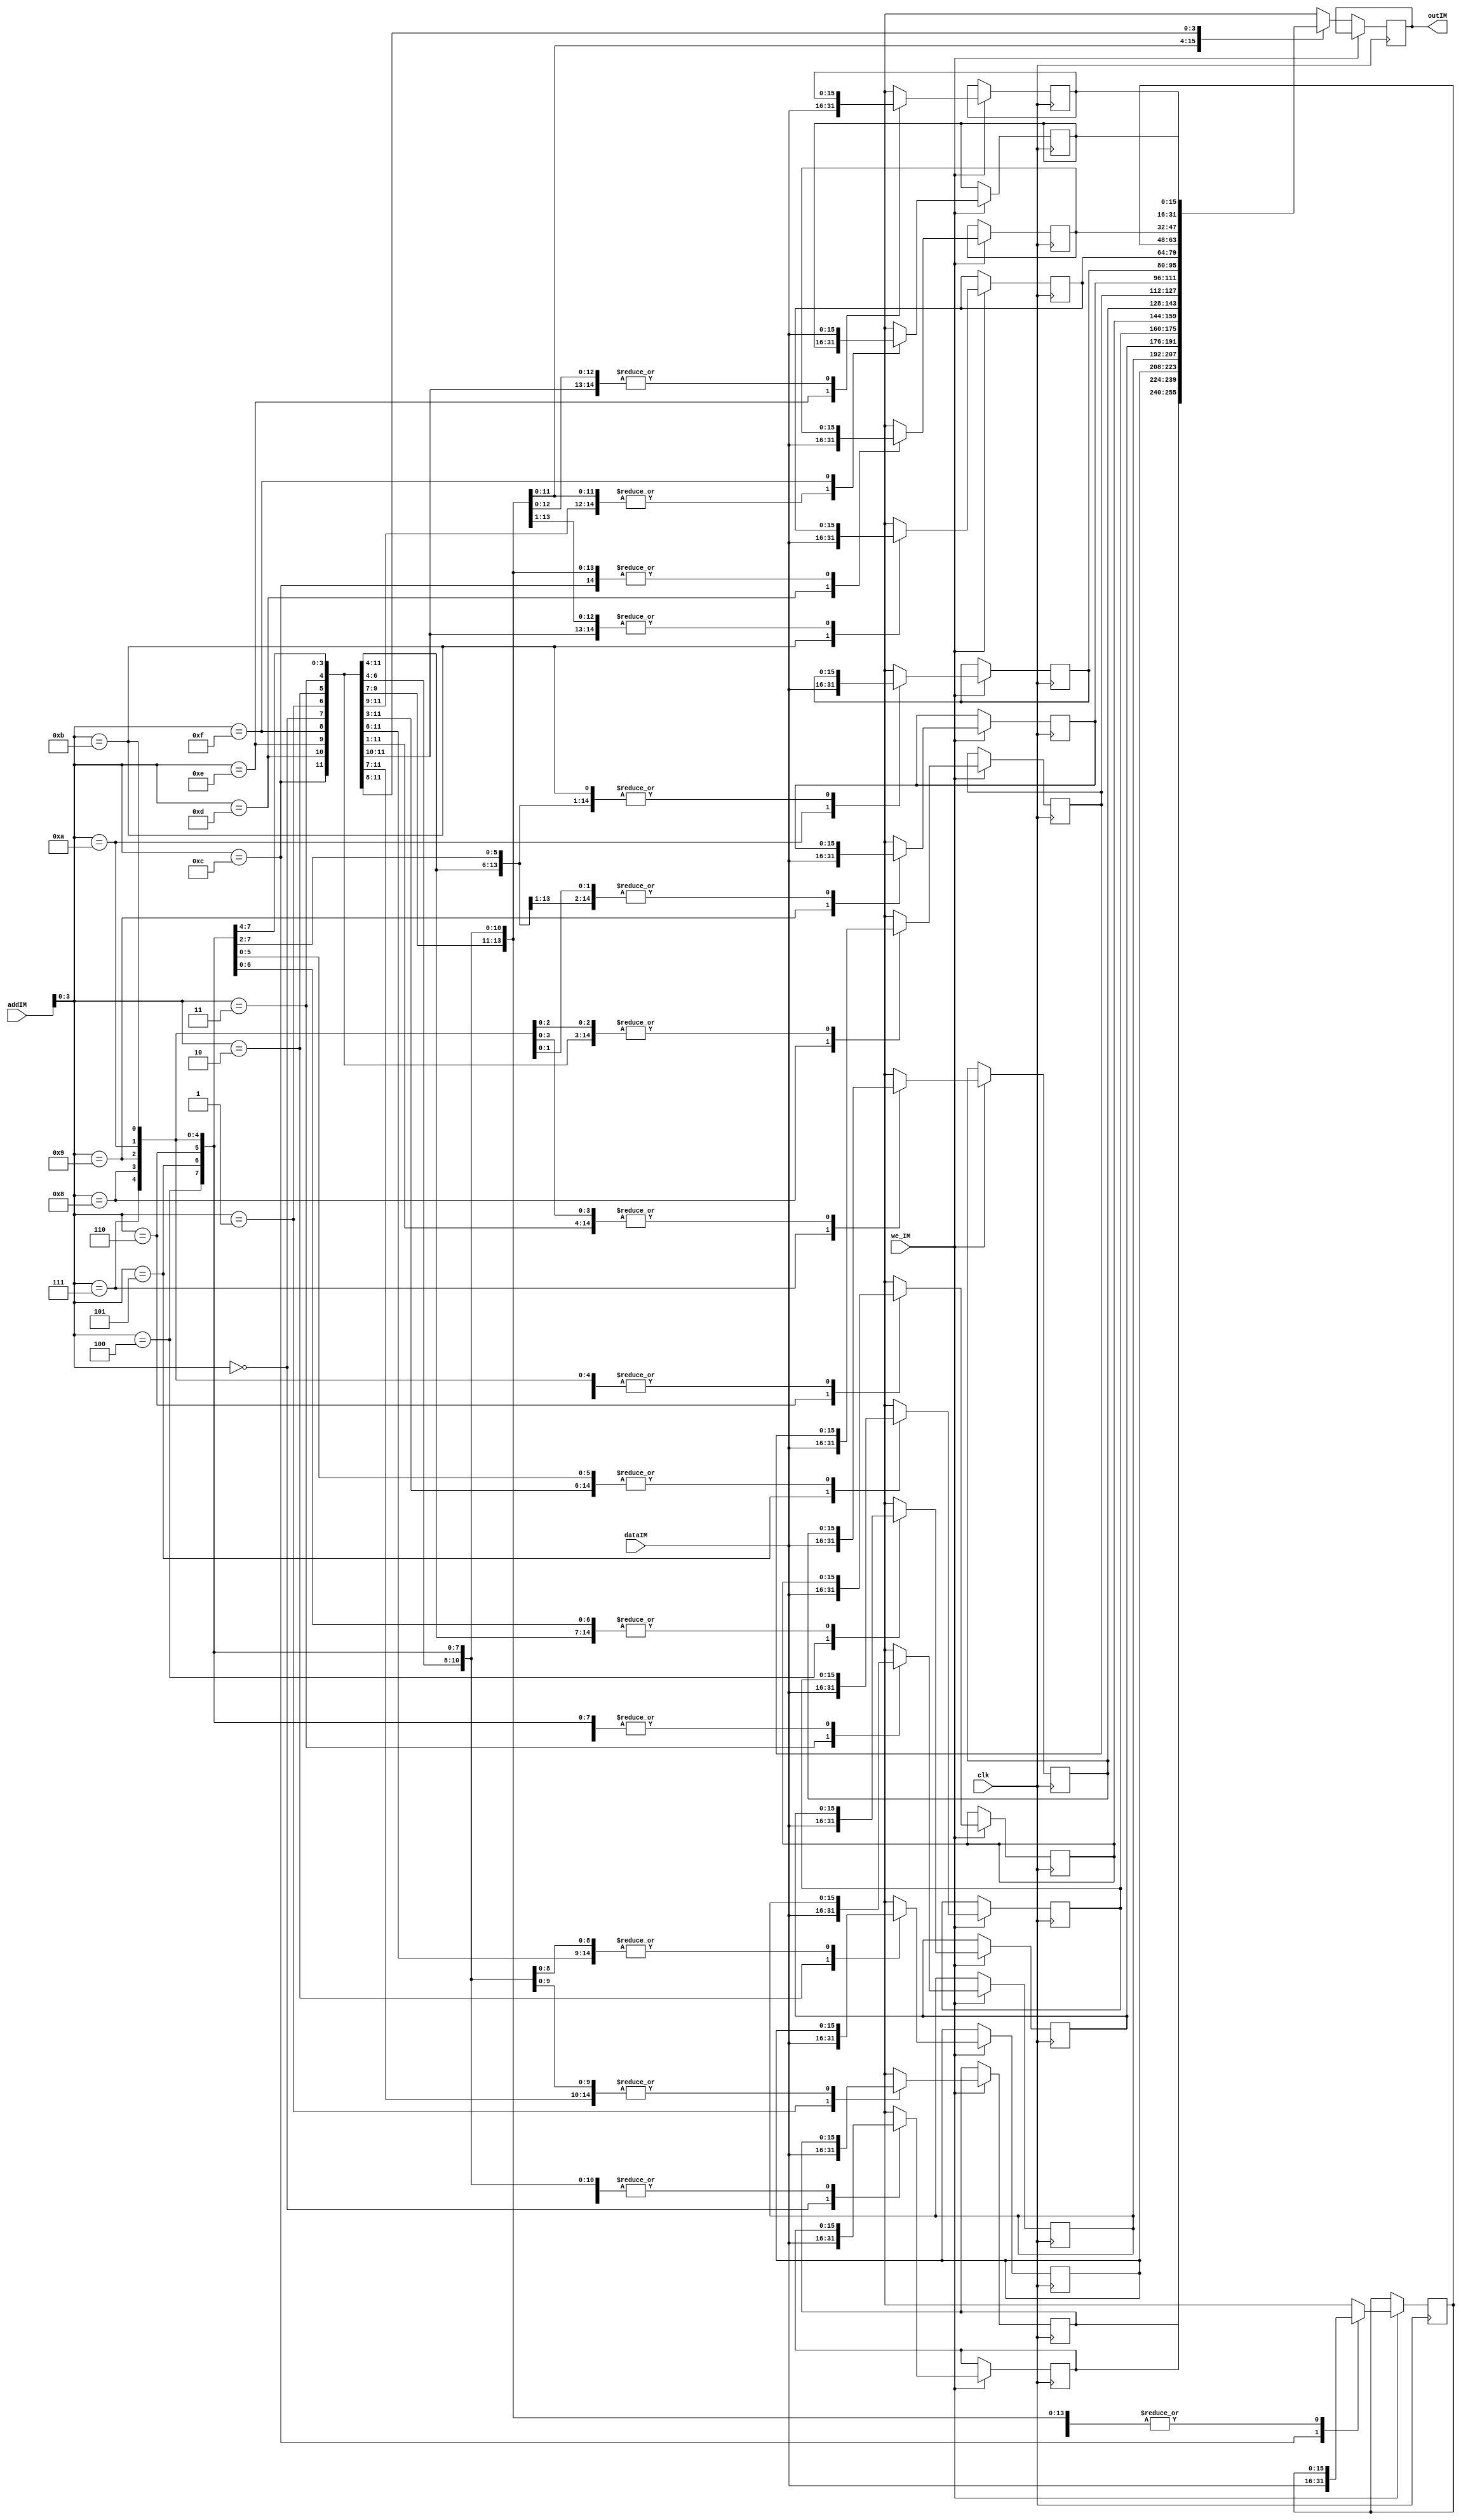
module instmem(
    input clk,
    input we_IM,
    input [15:0] dataIM,
    input [11:0] addIM,
    output reg [15:0] outIM
);

    // Memory is an array stored at particular address
    reg [15:0] mem [0 : 15];

    always @(posedge clk) begin
        if (we_IM == 1) begin
            mem[addIM] = dataIM;
        end else begin
            outIM <= mem[addIM];
        end
    end
endmodule